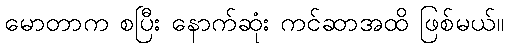
မောတာက စပြီး နောက်ဆုံး ကင်ဆာအထိ ဖြစ်မယ်။